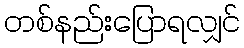
တစ်နည်းပြောရလျှင်